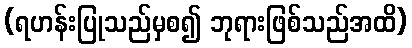
(ရဟန်းပြုသည်မှစ၍ ဘုရားဖြစ်သည်အထိ)